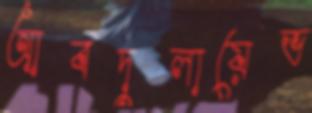
আবদুলায়েভ